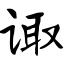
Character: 诹